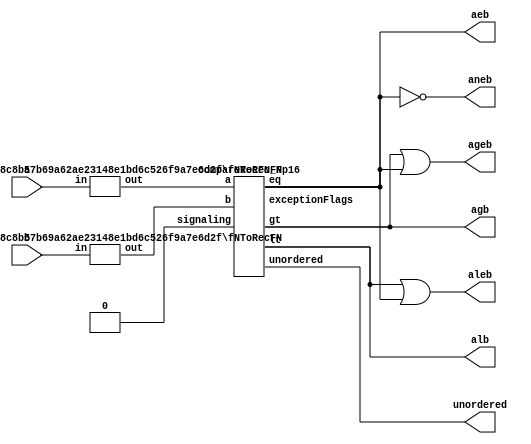
`define DEFINES_DONE
`define EXPONENT 5
`define MANTISSA 10
`define SIGN 1
`define DATAWIDTH (`SIGN+`EXPONENT+`MANTISSA)
`define IEEE_COMPLIANCE 1
`define NUM 8
`define ADDRSIZE 7
`define ADDRSIZE_FOR_TB 10
`define EXPONENT 5
`define MANTISSA 10
`define ACTUAL_MANTISSA 11
`define EXPONENT_LSB 10
`define EXPONENT_MSB 14
`define MANTISSA_LSB 0
`define MANTISSA_MSB 9
`define MANTISSA_MUL_SPLIT_LSB 3
`define MANTISSA_MUL_SPLIT_MSB 9
`define SIGN 1
`define SIGN_LOC 15
`define DWIDTH (`SIGN+`EXPONENT+`MANTISSA)
`define IEEE_COMPLIANCE 1
`define EXPONENT 5
`define MANTISSA 10
`define ACTUAL_MANTISSA 11
`define EXPONENT_LSB 10
`define EXPONENT_MSB 14
`define MANTISSA_LSB 0
`define MANTISSA_MSB 9
`define MANTISSA_MUL_SPLIT_LSB 3
`define MANTISSA_MUL_SPLIT_MSB 9
`define SIGN 1
`define SIGN_LOC 15
`define DWIDTH (`SIGN+`EXPONENT+`MANTISSA)
`define IEEE_COMPLIANCE 1
`define EXPONENT 5
`define MANTISSA 10
`define ACTUAL_MANTISSA 11
`define EXPONENT_LSB 10
`define EXPONENT_MSB 14
`define MANTISSA_LSB 0
`define MANTISSA_MSB 9
`define MANTISSA_MUL_SPLIT_LSB 3
`define MANTISSA_MUL_SPLIT_MSB 9
`define SIGN 1
`define SIGN_LOC 15
`define DWIDTH (`SIGN+`EXPONENT+`MANTISSA)
`define IEEE_COMPLIANCE 1

module comparator(
a,
b,
aeb,
aneb,
alb,
aleb,
agb,
ageb,
unordered
);
//Default for FP16
//parameter exp = 5;
//parameter man = 10;

input [15:0] a;
input [15:0] b;
output aeb;
output aneb;
output alb;
output aleb;
output agb;
output ageb;
output unordered;

wire [16:0] a_RecFN;
wire [16:0] b_RecFN;

//Convert to Recoded representation
fNToRecFN#(5,11) convert_a(.in(a), .out(a_RecFN));  
fNToRecFN#(5,11) convert_b(.in(b), .out(b_RecFN));  

wire [4:0] except_flags;
wire less_than;
wire equal;
wire greater_than;

wire signaling;
assign signaling = 1'b0;

//Actual conversion module
compareRecFN_Fp16 compare(
.a(a_RecFN),
.b(b_RecFN),
.signaling(signaling),
.lt(less_than),
.eq(equal),
.gt(greater_than),
.unordered(unordered),
.exceptionFlags(except_flags)
);


//Result flags
assign aeb = equal;
assign aneb = ~equal;
assign alb = less_than;
assign aleb = less_than | equal;
assign agb = greater_than;
assign ageb = greater_than | equal;

endmodule
module compareRecFN_Fp16(
  a,
  b,
  signaling,
  lt,
  eq,
  gt,
  unordered,
  exceptionFlags
  );
  //parameter expWidth = 5;
  //parameter sigWidth = 11;
  
  input [(5 + 11):0] a;
  input [(5 + 11):0] b;
  input signaling;
  output lt;
  output eq;
  output gt;
  output unordered;
  output [4:0] exceptionFlags;
   

    wire isNaNA, isInfA, isZeroA, signA;
    wire [(5 + 1):0] sExpA;
    wire [11:0] sigA;
    recFNToRawFN#(5, 11)  recFNToRawFN_a(
      .in(a), 
      .isNaN(isNaNA), 
      .isInf(isInfA), 
      .isZero(isZeroA), 
      .sign(signA), 
      .sExp(sExpA), 
      .sig(sigA)
      );
    wire isSigNaNA;
    isSigNaNRecFN#(5, 11) isSigNaN_a(.in(a), .isSigNaN(isSigNaNA));
    wire isNaNB, isInfB, isZeroB, signB;
    wire [(5 + 1):0] sExpB;
    wire [11:0] sigB;
    recFNToRawFN#(5, 11) recFNToRawFN_b(
      .in(b), 
      .isNaN(isNaNB), 
      .isInf(isInfB), 
      .isZero(isZeroB), 
      .sign(signB), 
      .sExp(sExpB), 
      .sig(sigB)
      );
    wire isSigNaNB;
    isSigNaNRecFN#(5, 11) isSigNaN_b(.in(b), .isSigNaN(isSigNaNB));
   
    wire ordered = !isNaNA && !isNaNB;
    wire bothInfs  = isInfA  && isInfB;
    wire bothZeros = isZeroA && isZeroB;
    wire eqExps = (sExpA == sExpB);
    wire common_ltMags = (sExpA < sExpB) || (eqExps && (sigA < sigB));
    wire common_eqMags = eqExps && (sigA == sigB);
    wire ordered_lt =
        !bothZeros
            && ((signA && !signB)
                    || (!bothInfs
                            && ((signA && !common_ltMags && !common_eqMags)
                                    || (!signB && common_ltMags))));
    wire ordered_eq =
        bothZeros || ((signA == signB) && (bothInfs || common_eqMags));
    
    
    wire invalid = isSigNaNA || isSigNaNB || (signaling && !ordered);
    assign lt = ordered && ordered_lt;
    assign eq = ordered && ordered_eq;
    assign gt = ordered && !ordered_lt && !ordered_eq;
    assign unordered = !ordered;
    assign exceptionFlags = {invalid, 4'b0};

endmodule
module  isSigNaNRecFN(in, isSigNaN);

  parameter expWidth = 3;
  parameter sigWidth = 3;
  
  input [(expWidth + sigWidth):0] in;
  output isSigNaN;

    wire isNaN =
        (in[(expWidth + sigWidth - 1):(expWidth + sigWidth - 3)] == 'b111);
    assign isSigNaN = isNaN && !in[sigWidth - 2];

endmodule
module recFNToRawFN(
  in,
  isNaN,
  isInf,
  isZero,
  sign,
  sExp,
  sig
  );
  
  parameter expWidth = 3;
  parameter sigWidth = 3;
  
  input [(expWidth + sigWidth):0] in;
  output isNaN;
  output isInf;
  output isZero;
  output sign;
  output [(expWidth + 1):0] sExp;
  output [sigWidth:0] sig;

    
    wire [expWidth:0] exp;
    wire [(sigWidth - 2):0] fract;
    assign {sign, exp, fract} = in;
    wire isSpecial = (exp>>(expWidth - 1) == 'b11);
    
    
    assign isNaN = isSpecial &&  exp[expWidth - 2];
    assign isInf = isSpecial && !exp[expWidth - 2];
    assign isZero = (exp>>(expWidth - 2) == 'b000);
    assign sExp = exp;
    assign sig = {1'b0, !isZero, fract};

endmodule
module fNToRecFN#(parameter expWidth = 3, parameter sigWidth = 3) (
        input [(expWidth + sigWidth - 1):0] in,
        output [(expWidth + sigWidth):0] out
    );

    //`include "HardFloat_localFuncs.vi"
    //localparam normDistWidth = clog2(sigWidth);
    localparam normDistWidth = 4; //Hardcoding for FP16

    wire sign;
    wire [(expWidth - 1):0] expIn;
    wire [(sigWidth - 2):0] fractIn;
    assign {sign, expIn, fractIn} = in;
    wire isZeroExpIn = (expIn == 0);
    wire isZeroFractIn = (fractIn == 0);
    
   
    wire [(normDistWidth - 1):0] normDist;
    //sigwidth = 11, normDistWidth=4
    countLeadingZerosfp16 #(sigWidth - 1, normDistWidth)  countLeadingZeros(.in(fractIn), .count(normDist)); 
    wire [(sigWidth - 2):0] subnormFract = (fractIn<<normDist)<<1;
    wire [expWidth:0] adjustedExp =
        (isZeroExpIn ? normDist ^ ((1<<(expWidth + 1)) - 1) : expIn)
            + ((1<<(expWidth - 1)) | (isZeroExpIn ? 2 : 1));
    wire isZero = isZeroExpIn && isZeroFractIn;
    wire isSpecial = (adjustedExp[expWidth:(expWidth - 1)] == 'b11);
    
   
    wire [expWidth:0] exp;
    assign exp[expWidth:(expWidth - 2)] =
        isSpecial ? {2'b11, !isZeroFractIn}
            : isZero ? 3'b000 : adjustedExp[expWidth:(expWidth - 2)];
    assign exp[(expWidth - 3):0] = adjustedExp;
    assign out = {sign, exp, isZeroExpIn ? subnormFract : fractIn};

endmodule
module countLeadingZerosfp16 #(parameter inWidth = 10, parameter countWidth = 4) (
    input [(inWidth - 1):0] in, output reg [(countWidth - 1):0] count
    );

  wire [(inWidth - 1):0] reverseIn;
  reverseFp16 reverse_in(in, reverseIn);
  wire [inWidth:0] oneLeastReverseIn =
      {1'b1, reverseIn} & ({1'b0, ~reverseIn} + 1);
		
  always@(*)
    begin
      if (oneLeastReverseIn[10] == 1)
        begin
          count = 4'd10;
        end
      else if (oneLeastReverseIn[9] == 1)
        begin
          count = 4'd9;
        end
      else if (oneLeastReverseIn[8] == 1)
        begin
          count= 4'd8;
        end
      else if (oneLeastReverseIn[7] == 1)
        begin
          count = 4'd7;
        end
      else if (oneLeastReverseIn[6] == 1)
        begin
          count = 4'd6;
        end
      else if (oneLeastReverseIn[5] == 1)
        begin
          count = 4'd5;
        end
      else if (oneLeastReverseIn[4] == 1)
        begin
          count = 4'd4;
        end
      else if (oneLeastReverseIn[3] == 1)
        begin
          count = 4'd3;
        end
      else if (oneLeastReverseIn[2] == 1)
        begin
          count = 4'd2;
        end
      else if (oneLeastReverseIn[1] == 1)
        begin
          count = 4'd1;
        end
      else
        begin
          count = 4'd0;
        end
      end

endmodule
module reverseFp16 (input [9:0] in, output [9:0] out);

   assign out[0] = in[9];
   assign out[1] = in[8];
   assign out[2] = in[7];
   assign out[3] = in[6];
   assign out[4] = in[5];
   assign out[5] = in[4];
   assign out[6] = in[3];
   assign out[7] = in[2];
   assign out[8] = in[1];
   assign out[9] = in[0];
   // genvar ix;
   // generate
   //     for (ix = 0; ix < width; ix = ix + 1) begin :Bit
   //         assign out[ix] = in[width - 1 - ix];
   //     end
   // endgenerate

endmodule